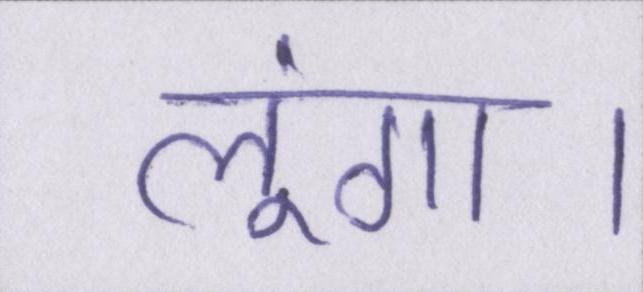
लूंगा।